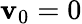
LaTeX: \mathbf{v}_{0}=0